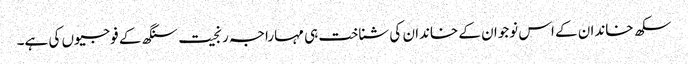
سکھ خاندان کے اس نوجوان کے خاندان کی شناخت ہی مہاراجہ رنجیت سنگھ کے فوجیوں کی ہے۔